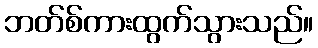
ဘတ်စ်ကားထွက်သွားသည်။